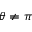
\theta \neq \pi